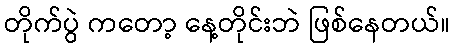
တိုက်ပွဲ ကတော့ နေ့တိုင်းဘဲ ဖြစ်နေတယ်။